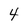
Character: 4